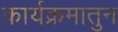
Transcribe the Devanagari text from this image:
कार्यक्रमातुन